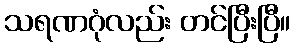
သရဏဂုံလည်း တင်ပြီးပြီ။